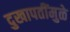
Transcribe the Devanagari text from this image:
दुखापतींमुळे